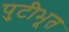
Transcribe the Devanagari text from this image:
पुटीभूत